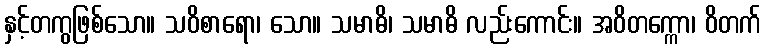
နှင့်တကွဖြစ်သော။ သဝိစာရော၊ သော။ သမာဓိ၊ သမာဓိ လည်းကောင်း။ အဝိတက္ကော၊ ဝိတက်